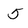
Character: 5